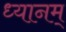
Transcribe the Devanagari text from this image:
ध्यानम्